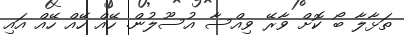
ތަޅާލާ ބޯ ކޮށް ވާރޭ ވިއްސާ އުސޫލުން. ހޭއް ހޭއް ހޭއް އައި